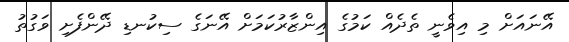
އޭނައަށް މި އިވެނީ ތެދެއް ކަމުގެ އިންޒާރުކަމަށް އޭނަގެ ސިކުނޑި ދޭންފެށި ވަގުތު